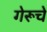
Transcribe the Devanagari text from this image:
गेरूचे